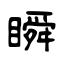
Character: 瞬